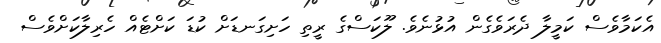
އެކަމާވެސް ކަމީލާ ދެރަވެގެން އުޅުނެވެ. ލޫކަސްގެ ރީތި ހަށިގަނޑަށް ކުޑަ ކަށްޓެއް ހެރިލާކަށްވެސް